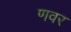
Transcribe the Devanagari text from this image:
णवर